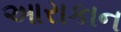
આરાકાન